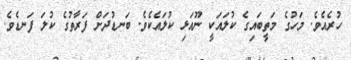
ހުރެއެވެ. މަހުގެ މަތީބައިގެ ކުލައަކީ ނޫއަޅި ކުލައެކެވެ. ބަނޑުދަށް ފަރާތުގެ ކުލަ ފަނޑެވެ.